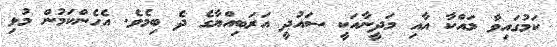
ކަމުގައިވާ މައްކާ އާއި މަދީނާއަކީ ސައުދީ އަރަބިއްޔާގެ ދެ ބިމެވެ. އެހެންކަމުން މުޅި